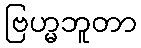
ဗြဟ္မဘူတာ